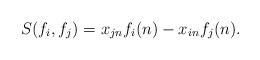
LaTeX: \begin{align*}S(f_i,f_j) &= x_{j n}f_i(n) - x_{in}f_j(n).\end{align*}